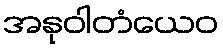
အနုဝါတံယေဝ